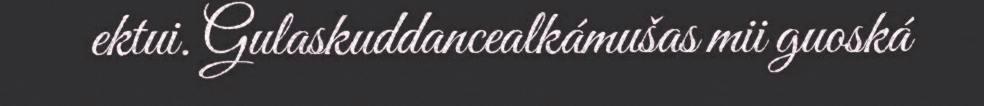
ektui. Gulaskuddancealkámušas mii guoská